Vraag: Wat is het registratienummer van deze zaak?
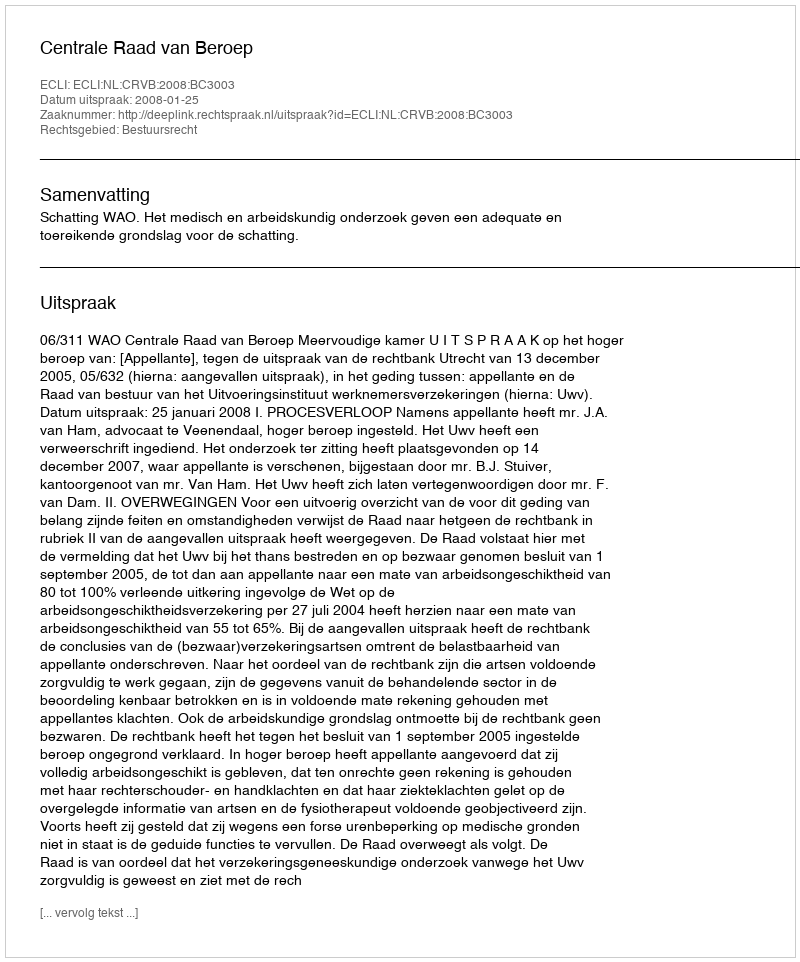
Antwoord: http://deeplink.rechtspraak.nl/uitspraak?id=ECLI:NL:CRVB:2008:BC3003